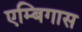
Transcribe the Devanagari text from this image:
एम्बिगास